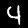
Digit: 4